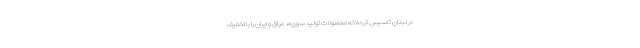
در لبنان تاسیس کرده که محصولات تولید سوریه، عراق و ایران را با تخفیف